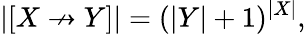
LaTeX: |[X\not\to Y]|=(|Y|+1)^{|X|},